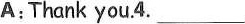
A:Thank you 4. ___